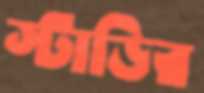
স্টাডির